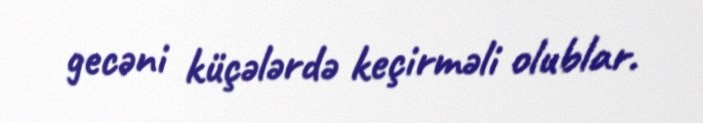
gecəni küçələrdə keçirməli olublar.